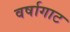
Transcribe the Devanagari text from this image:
वर्षागाट